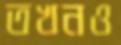
তখনও